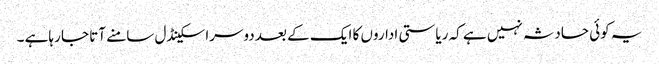
یہ کوئی حادثہ نہیں ہے کہ ریاستی اداروں کا ایک کے بعد دوسرا سکینڈل سامنے آتا جا رہاہے ۔